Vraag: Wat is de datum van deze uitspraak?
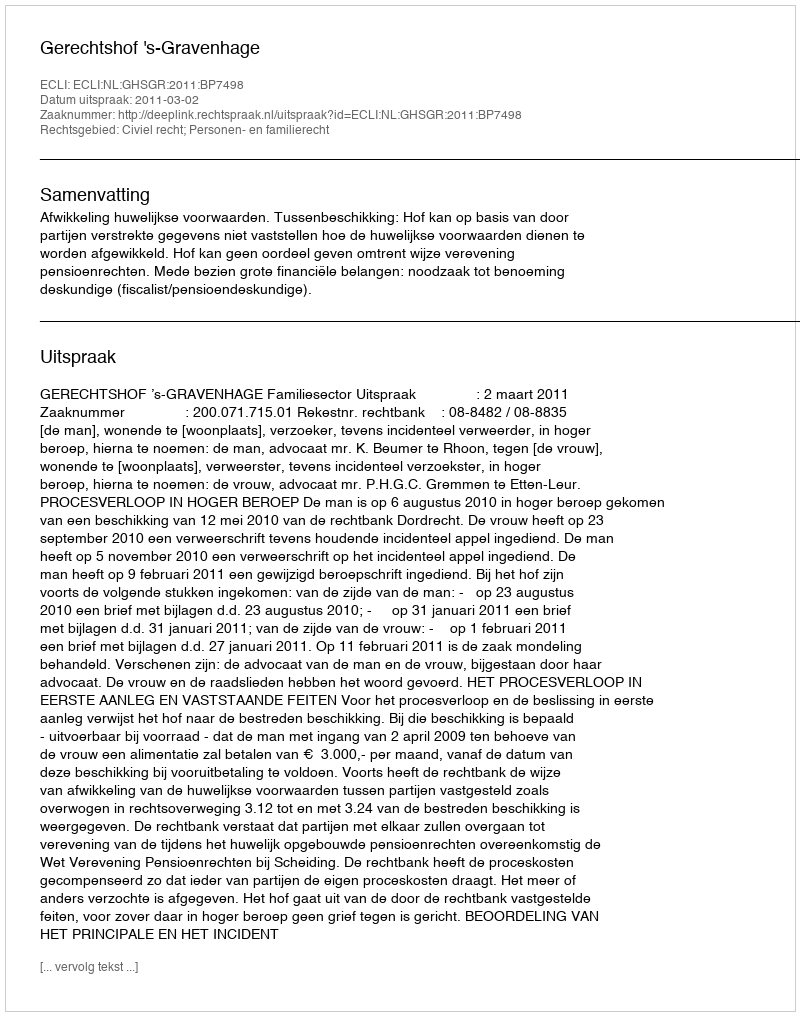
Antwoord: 2011-03-02